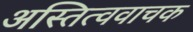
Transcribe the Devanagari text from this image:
अस्तित्ववाचक